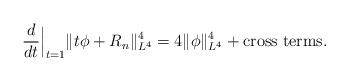
LaTeX: \begin{align*}\frac{d}{dt}\Big|_{t=1}\|t\phi+R_n\|_{L^4}^4=4\|\phi\|_{L^4}^4+\textup{cross terms}.\end{align*}